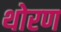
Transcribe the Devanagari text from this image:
थोरण